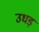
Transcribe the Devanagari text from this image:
उधड़